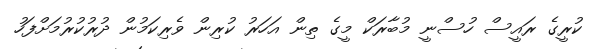
ކުރީގެ ރައީސް ހުސްނީ މުބާރަކް މީގެ ތިން އަހަރު ކުރިން ވެރިކަމުން ދުރުކުރުމަށްފަހު